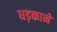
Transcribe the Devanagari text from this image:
धड़काने